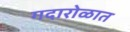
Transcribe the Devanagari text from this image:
गदारोळात